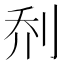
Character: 𫥽